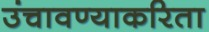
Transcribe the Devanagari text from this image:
उंचावण्याकरिता